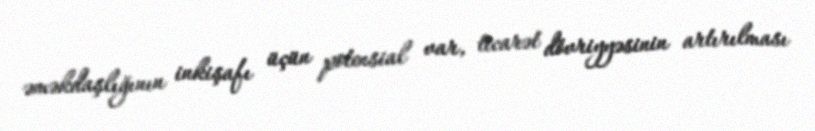
əməkdaşlığının inkişafı üçün potensial var, ticarət dövriyyəsinin artırılması